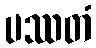
ပဿတံ